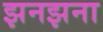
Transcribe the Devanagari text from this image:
झनझना